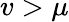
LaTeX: v>\mu